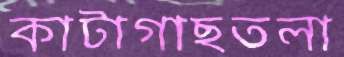
কাটাগাছতলা